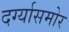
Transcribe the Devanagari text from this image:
दर्ग्यासमोर